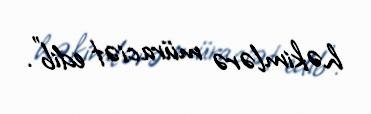
həkimlərə müraciət edib”.